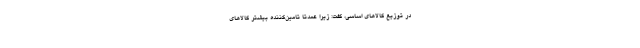
در توزیع کالاهای اساسی، گفت: زیرا عمدتا تامین­کننده بیشتر کالاهای